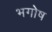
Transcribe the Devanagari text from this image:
भगोष